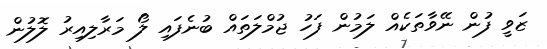
ޒަވީ ފުން ނޭވާތަކެއް ލަމުން ފަހު ޖުމްލަތައް ބުނެފައި ލޯ މަރާލިއިރު ލޮލުން